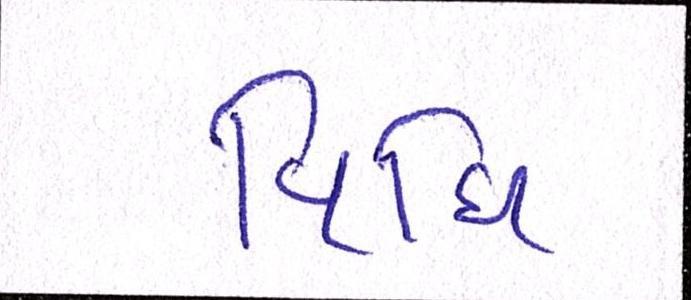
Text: વિધિ